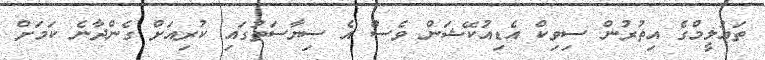
ތައުލީމްގެ އިތުރުން ސިވިކް އެޑިއުކޭޝަން ވެސް އެ ސިޔާސަތުގައި ކުރިއަށް ގެންދާނެ ކަމަށް